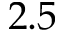
2 . 5